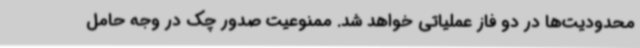
محدودیت‌ها در دو فاز عملیاتی خواهد شد. ممنوعیت صدور چک در وجه حامل